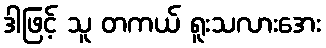
ဒါဖြင့် သူ တကယ် ရူးသလားအေး